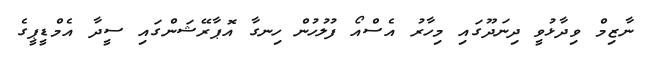
ނާޒިމް ވިދާޅުވީ ދިނަދޫގައި މިހާރު އެސްއޯ ފުލުހުން ހިނގާ އޮޕާރޭޝަންގައި ސީދާ އެމްޑީޕީގެ